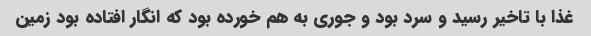
غذا با تاخیر رسید و سرد بود و جوری به هم خورده بود که انگار افتاده بود زمین